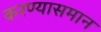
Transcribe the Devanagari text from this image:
करण्यासमान